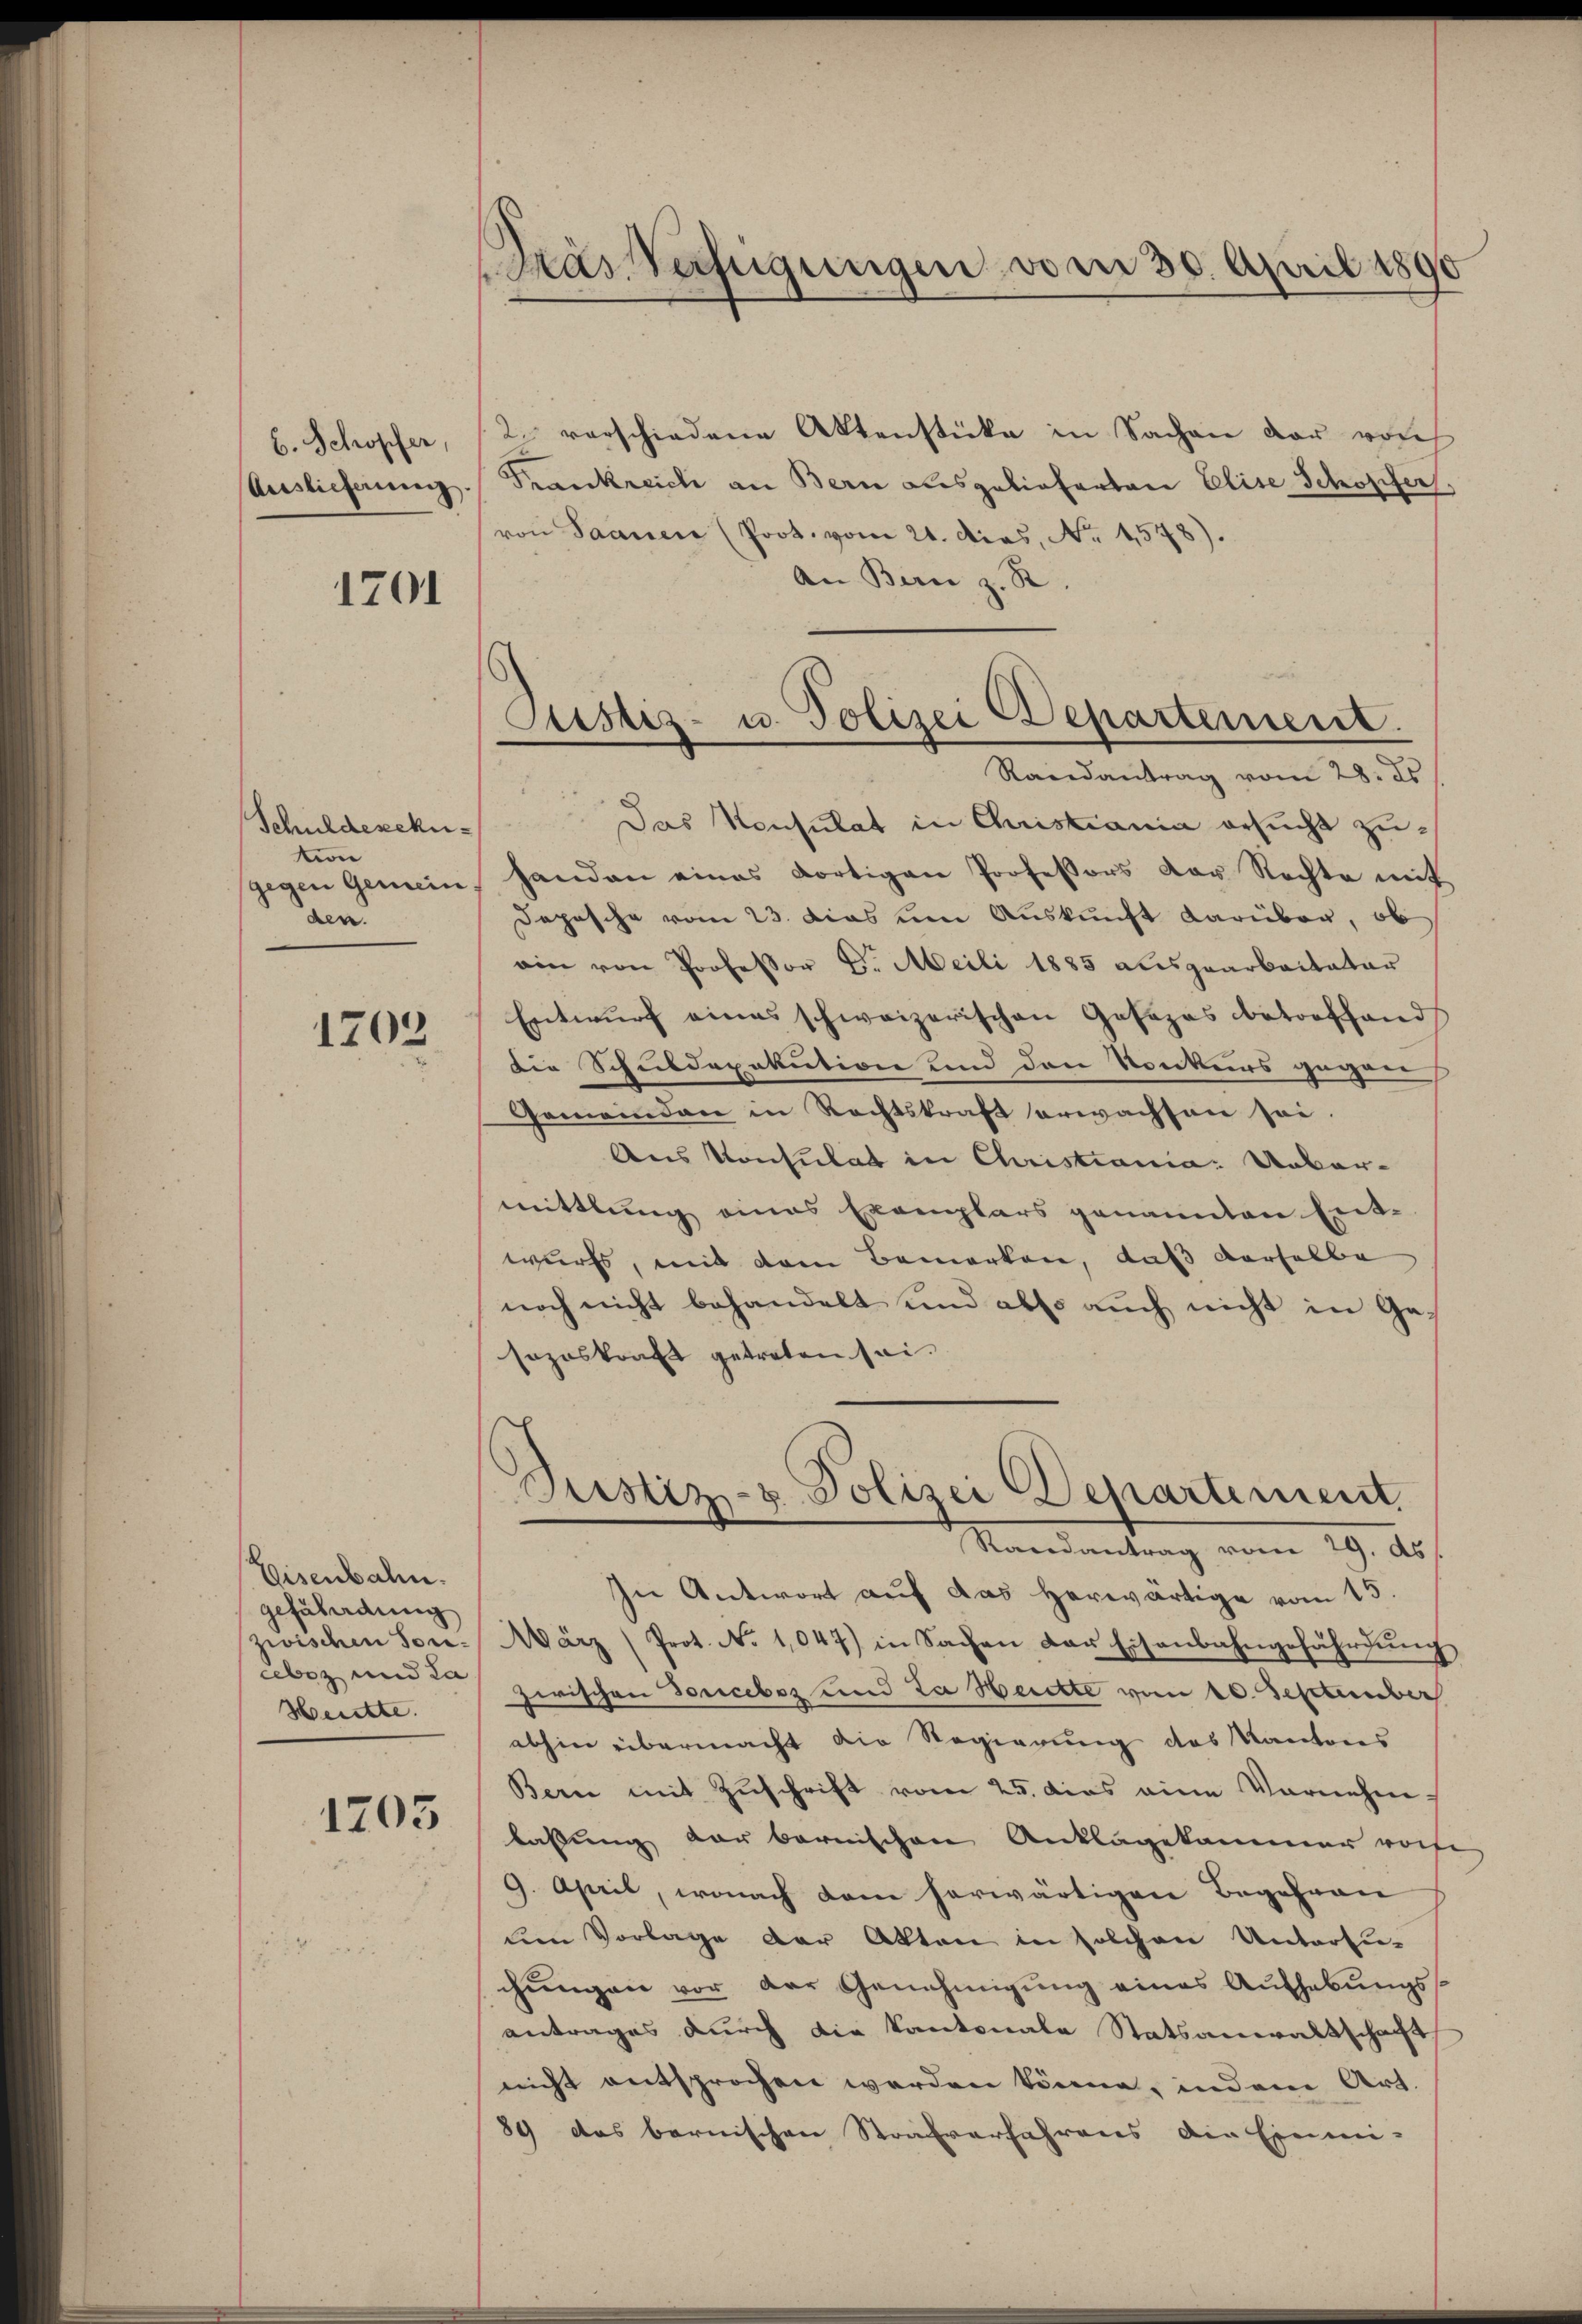
b. Schöpfer,
Auslieferung

1701

Schuldencku
tion
gegen Gemein
den.

1703

Eisenbahn.
gefährdung
zwischen Soneebez und La
Hentte.

1703

Das Verfügungen vom 30. April 1890

2. verschiedene Aktenstücke in Sachen der von
Frankreiche an Bern ausgelieferten Elise Schopfer,
von Saanen (Prot. vom 21. dies, No. 4578).
An Bern z. R.
Das Konsulat in Christiania ersucht zuhanden eines dortigen Professors der Rechte mit
Dopische vom 23. das um Auskunft darüber, ob
ain von Professor L. Meili 1885 ausgearbeiteter
Entwŭrf eines schweizerischen Josozas betreffend
die Schuldexekution und den Konkurs gegen
Gemeinden in Rechtskraft erwachsen sei.
Aus Konsulat in Christiania: Uebermittlung eines Exemplars genannten Ent-
wurfs, mit dem Bemerken, daß derselbe
noch nicht behandelt und also auch nicht in Gesozoskraft getreten sei.
Justiz- & Polizei Departement.
Randantrag vom 29. ds
In Antwort auf das herwärtige vom 15.
März (Prot. No 1,047) in Sachen der Eisenbahngefährdŭng
zwischen Doucebes und Da Herckte vom 10. September
abhin übermacht die Regierung des Kantons
Bern mit Zuschrift vom 25. das eine Vornehm
laßung der bernischen Anklagekammer vorhe
9. April, wonach dem herwärtigen Begehren
dem Vorlage der Akten in solchen Untersu-
chungen vor der Genehmigung eines Aufhebungsantrages durch die Kantonale Statsanwaltschaft
nicht entsprochen werden könne, indem Art.
89 das bernischen Strafverfahrens die Einmi-

Justiz- u. Polizei Departement.
Randantrag vom 28. ds